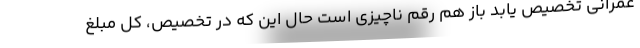
عمرانی تخصیص یابد باز هم رقم ناچیزی است حال این که در تخصیص، کل مبلغ